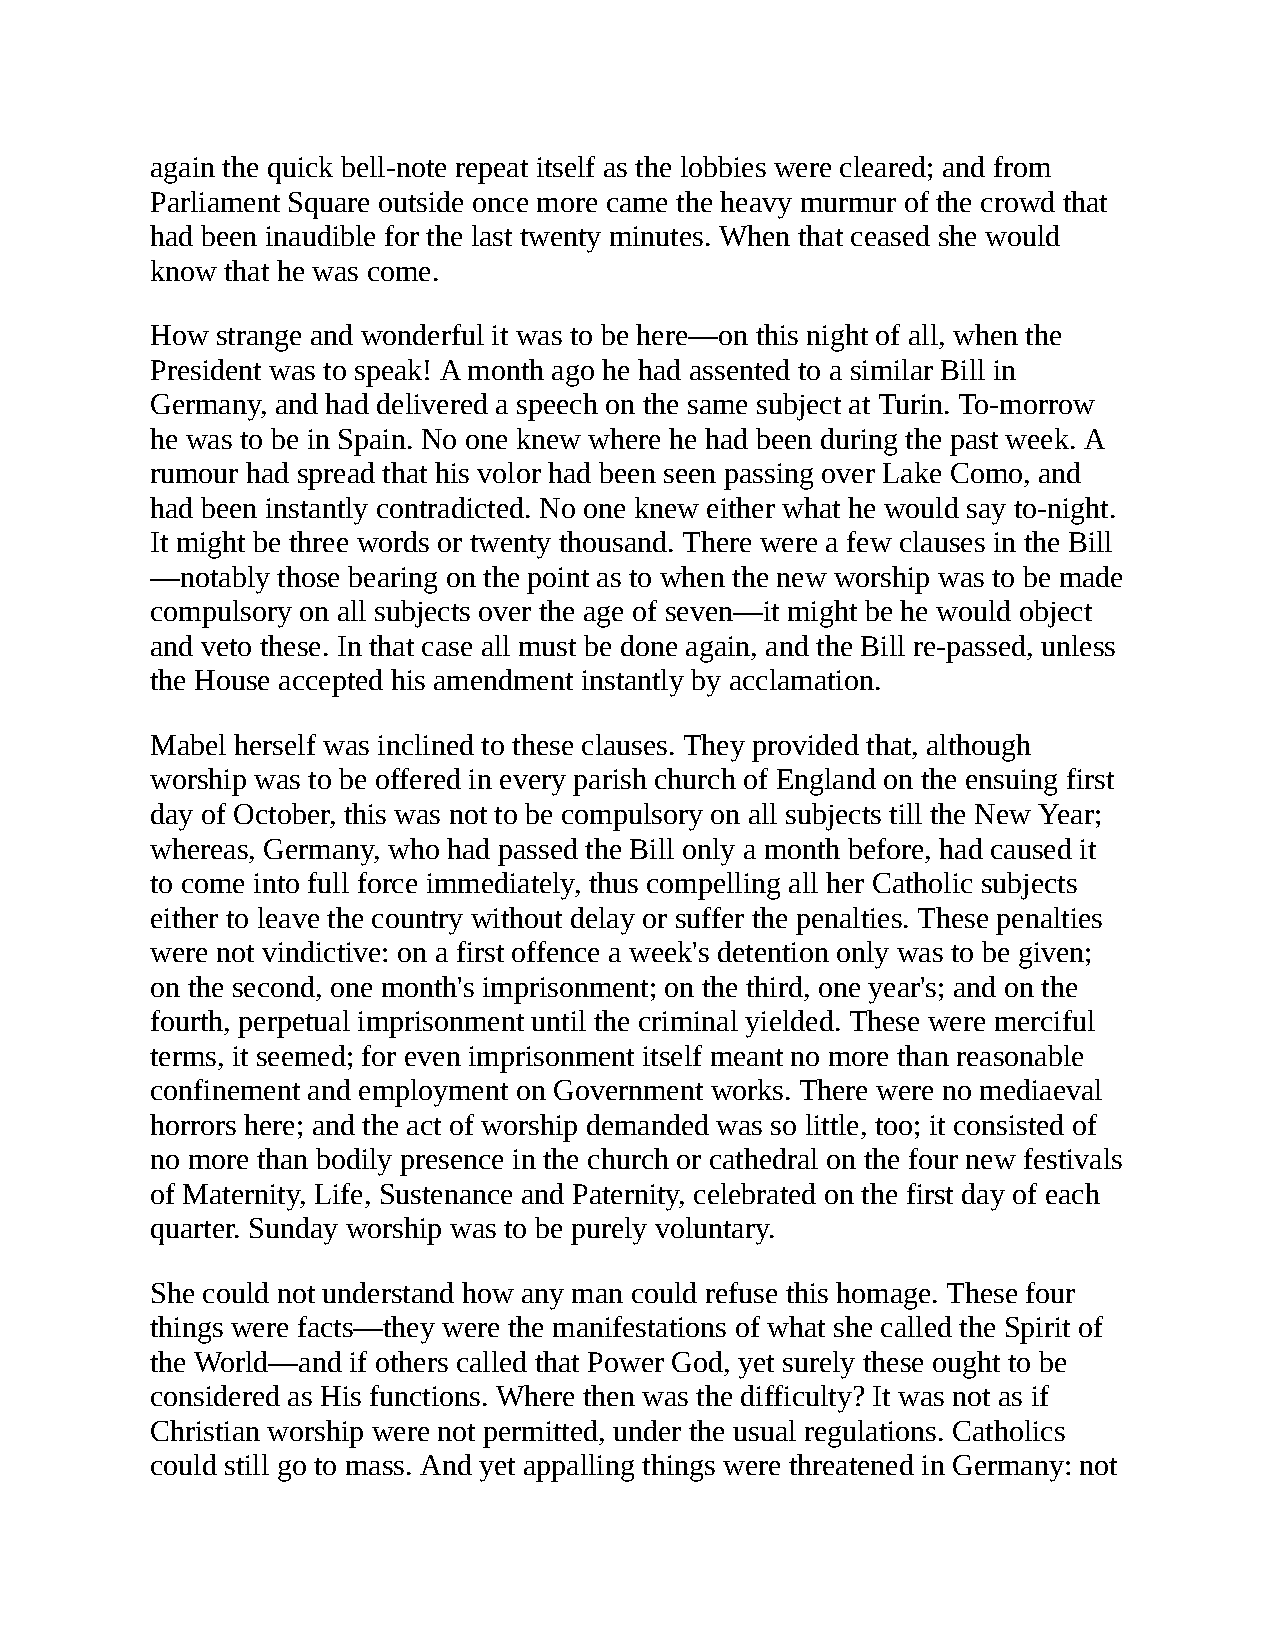
again the quick bell-note repeat itself as the lobbies were cleared; and from
 Parliament Square outside once more came the heavy murmur of the crowd that
 had been inaudible for the last twenty minutes. When that ceased she would
 know that he was come.
 How strange and wonderful it was to be here—on this night of all, when the
 President was to speak! A month ago he had assented to a similar Bill in
 Germany, and had delivered a speech on the same subject at Turin. To-morrow
 he was to be in Spain. No one knew where he had been during the past week. A
 rumour had spread that his volor had been seen passing over Lake Como, and
 had been instantly contradicted. No one knew either what he would say to-night.
 It might be three words or twenty thousand. There were a few clauses in the Bill
 —notably those bearing on the point as to when the new worship was to be made
 compulsory on all subjects over the age of seven—it might be he would object
 and veto these. In that case all must be done again, and the Bill re-passed, unless
 the House accepted his amendment instantly by acclamation.
 Mabel herself was inclined to these clauses. They provided that, although
 worship was to be offered in every parish church of England on the ensuing first
 day of October, this was not to be compulsory on all subjects till the New Year;
 whereas, Germany, who had passed the Bill only a month before, had caused it
 to come into full force immediately, thus compelling all her Catholic subjects
 either to leave the country without delay or suffer the penalties. These penalties
 were not vindictive: on a first offence a week's detention only was to be given;
 on the second, one month's imprisonment; on the third, one year's; and on the
 fourth, perpetual imprisonment until the criminal yielded. These were merciful
 terms, it seemed; for even imprisonment itself meant no more than reasonable
 confinement and employment on Government works. There were no mediaeval
 horrors here; and the act of worship demanded was so little, too; it consisted of
 no more than bodily presence in the church or cathedral on the four new festivals
 of Maternity, Life, Sustenance and Paternity, celebrated on the first day of each
 quarter. Sunday worship was to be purely voluntary.
 She could not understand how any man could refuse this homage. These four
 things were facts—they were the manifestations of what she called the Spirit of
 the World—and if others called that Power God, yet surely these ought to be
 considered as His functions. Where then was the difficulty? It was not as if
 Christian worship were not permitted, under the usual regulations. Catholics
 could still go to mass. And yet appalling things were threatened in Germany: not